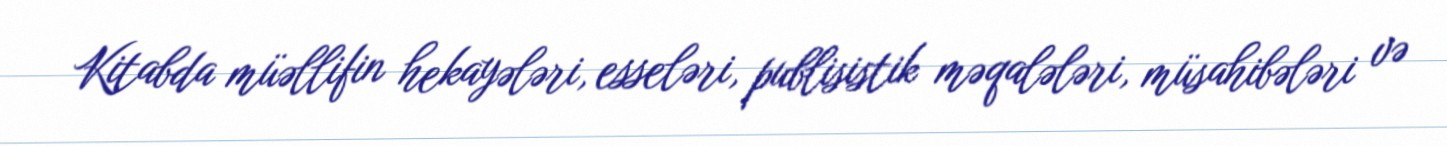
Kitabda müəllifin hekayələri, esseləri, publisistik məqalələri, müsahibələri və